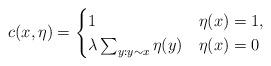
LaTeX: \begin{align*}c(x,\eta)=\begin{cases}1 & \eta(x)=1,\\\lambda\sum_{y:y\sim x}\eta(y) & \eta(x)=0\end{cases}\end{align*}